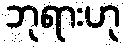
ဘုရားဟု